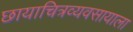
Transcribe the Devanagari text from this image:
छायाचित्रव्यवसायाला